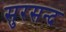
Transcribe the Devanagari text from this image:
सुरसन्द